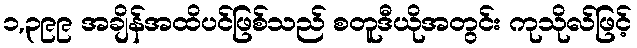
၁,၃၉၉ အချိန်အထိပင်ဖြစ်သည် စတူဒီယိုအတွင်း ကုသိုလ်ဖြင့်